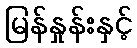
မြန်နှုန်းနှင့်